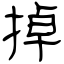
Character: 掉